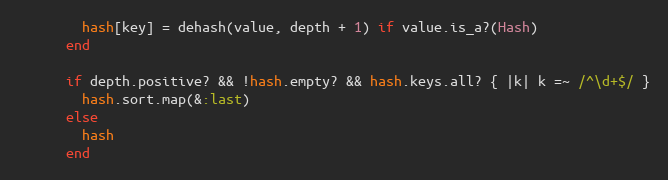
Language: Ruby
        hash[key] = dehash(value, depth + 1) if value.is_a?(Hash)
      end

      if depth.positive? && !hash.empty? && hash.keys.all? { |k| k =~ /^\d+$/ }
        hash.sort.map(&:last)
      else
        hash
      end